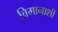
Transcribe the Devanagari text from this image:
विमानाशी